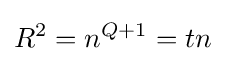
R^{2}=n^{Q+1}=tn